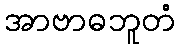
အာဗာဓဘူတံ